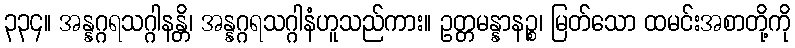
၃၃၄။ အန္နဂ္ဂရသဂ္ဂါနန္တိ၊ အန္နဂ္ဂရသဂ္ဂါနံဟူသည်ကား။ ဥတ္တမန္နာနဉ္စ၊ မြတ်သော ထမင်းအစာတို့ကို